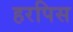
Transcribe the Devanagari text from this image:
हरपिस